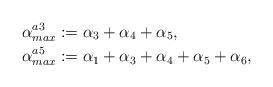
LaTeX: \begin{align*} & \alpha^{a3}_{max} := \alpha_3 + \alpha_4 + \alpha_5, \\ & \alpha^{a5}_{max} := \alpha_1 + \alpha_3 + \alpha_4 + \alpha_5 + \alpha_6, \end{align*}